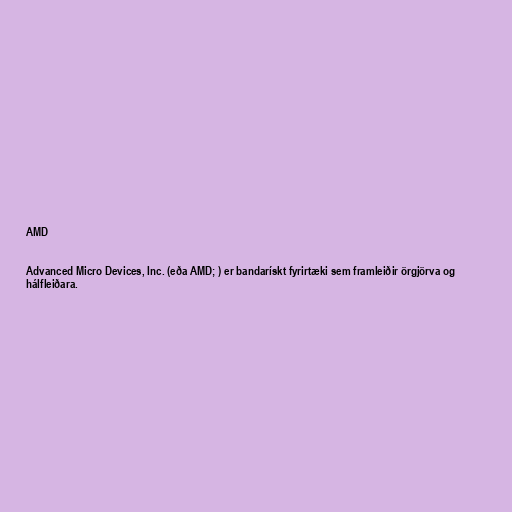
AMD

Advanced Micro Devices, Inc. (eða AMD; ) er bandarískt fyrirtæki sem framleiðir örgjörva og
hálfleiðara.